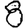
Digit: 8